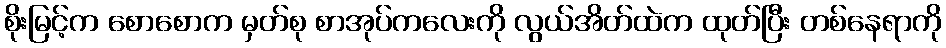
စိုးမြင့်က စောစောက မှတ်စု စာအုပ်ကလေးကို လွယ်အိတ်ထဲက ထုတ်ပြီး တစ်နေရာကို